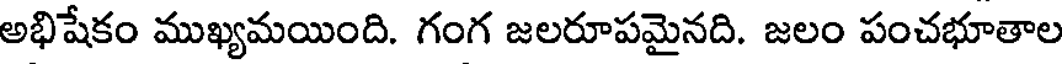
అభిషేకం ముఖ్యమయింది. గంగ జలరూపమైనది. జలం పంచభూతాల